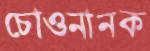
চোওনানক